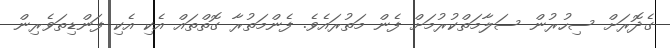
ގެދޮރަށް ސިހުރުން ސަލާމަތްކުރުމަށް ފެން މަތުރައެވެ. ފެންމަތުރާ ގޮތްތައް އެކި އެކި ފަންޑިތަވެރިން